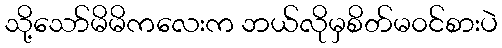
သို့သော်မိမိကလေးက ဘယ်လိုမှစိတ်မ၀င်စားပဲ